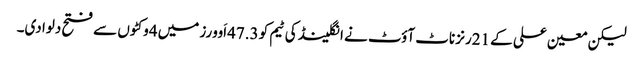
لیکن معین علی کے 21رنز ناٹ آؤٹ نے انگلینڈ کی ٹیم کو 47.3اَوورز میں 4وکٹوں سے فتح دلوا دی۔